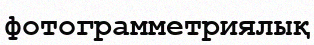
фотограмметриялық